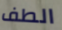
الطف